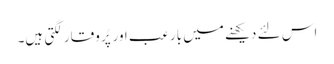
اس لئے دیکھنے میں بارعب اور پُر وقار لگتی ہیں۔